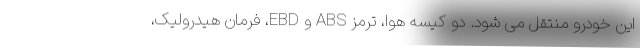
این خودرو منتقل می شود. دو کیسه هوا، ترمز ABS و EBD، فرمان هیدرولیک،